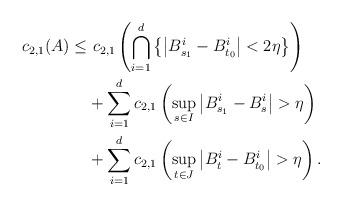
LaTeX: \begin{align*}\begin{aligned}c_{2,1}(A)\leq &\ c_{2,1}\left(\bigcap_{i=1}^{d}\left\{ \left|B_{s_{1}}^{i}-B_{t_{0}}^{i}\right|<2\eta\right\} \right)\\ & +\sum_{i=1}^{d}c_{2,1}\left(\sup_{s\in I}\left|B_{s_{1}}^{i}-B_{s}^{i}\right|>\eta\right)\\ & +\sum_{i=1}^{d}c_{2,1}\left(\sup_{t\in J}\left|B_{t}^{i}-B_{t_{0}}^{i}\right|>\eta\right).\end{aligned}\end{align*}